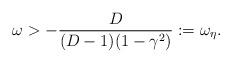
LaTeX: \begin{align*}\omega > -\frac{D}{(D-1)(1-\gamma^2)} := \omega_{\eta} .\end{align*}